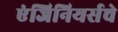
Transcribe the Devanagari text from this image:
एंजिनियर्सचे